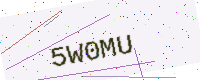
Text: 5W0MU